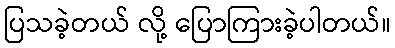
ပြသခဲ့တယ် လို့ ပြောကြားခဲ့ပါတယ်။